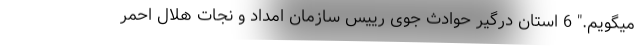
میگویم." 6 استان درگیر حوادث جوی رییس سازمان امداد و نجات هلال احمر